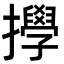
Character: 㩭